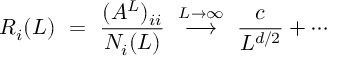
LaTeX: R _ { i } ( L ) ~ = ~ \frac { ( A ^ { L } ) _ { i i } } { N _ { i } ( L ) } ~ \stackrel { L \rightarrow \infty } { \longrightarrow } ~ \frac { c } { L ^ { d / 2 } } + \cdots